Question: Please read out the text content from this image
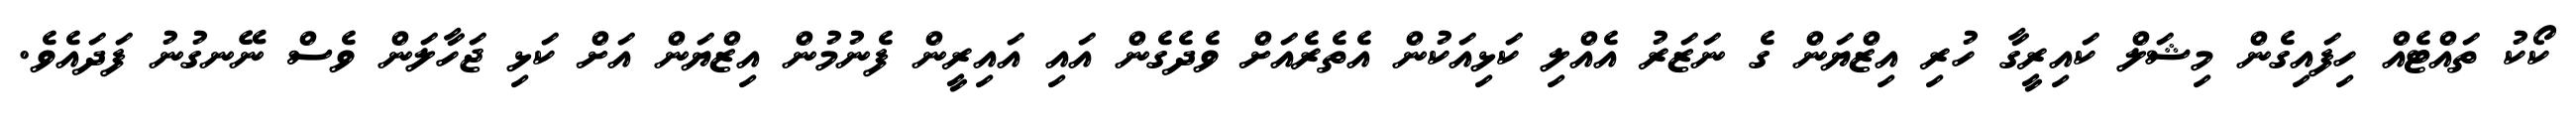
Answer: ކޯކު ތައްޓެއް ހިފައިގެން މިޝަލް ކައިރީގާ ހުރި އިޒްޔަން ގެ ނަޒަރު އެއްލި ކަޅިއަކުން އެތެރެއަށް ވެދެގެން އައި އައިރީން ފެނުމުން އިޒްޔަން އަށް ކަޅި ޖަހާލަން ވެސް ނޭނގުނު ފަދައެވެ.